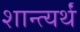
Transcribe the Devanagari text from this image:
शान्त्यर्थं